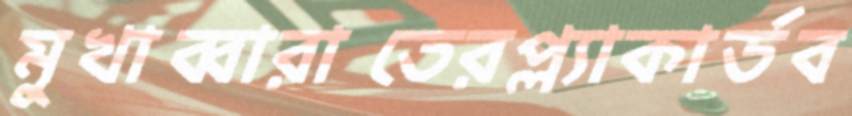
মুখাব্বারাতেরপ্ল্যাকার্ডব